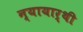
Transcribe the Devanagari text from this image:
न्यायार्थी